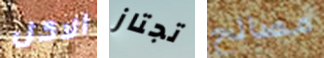
الاكل تجتاز مصالح